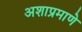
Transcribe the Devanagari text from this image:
अशाप्रमाणे